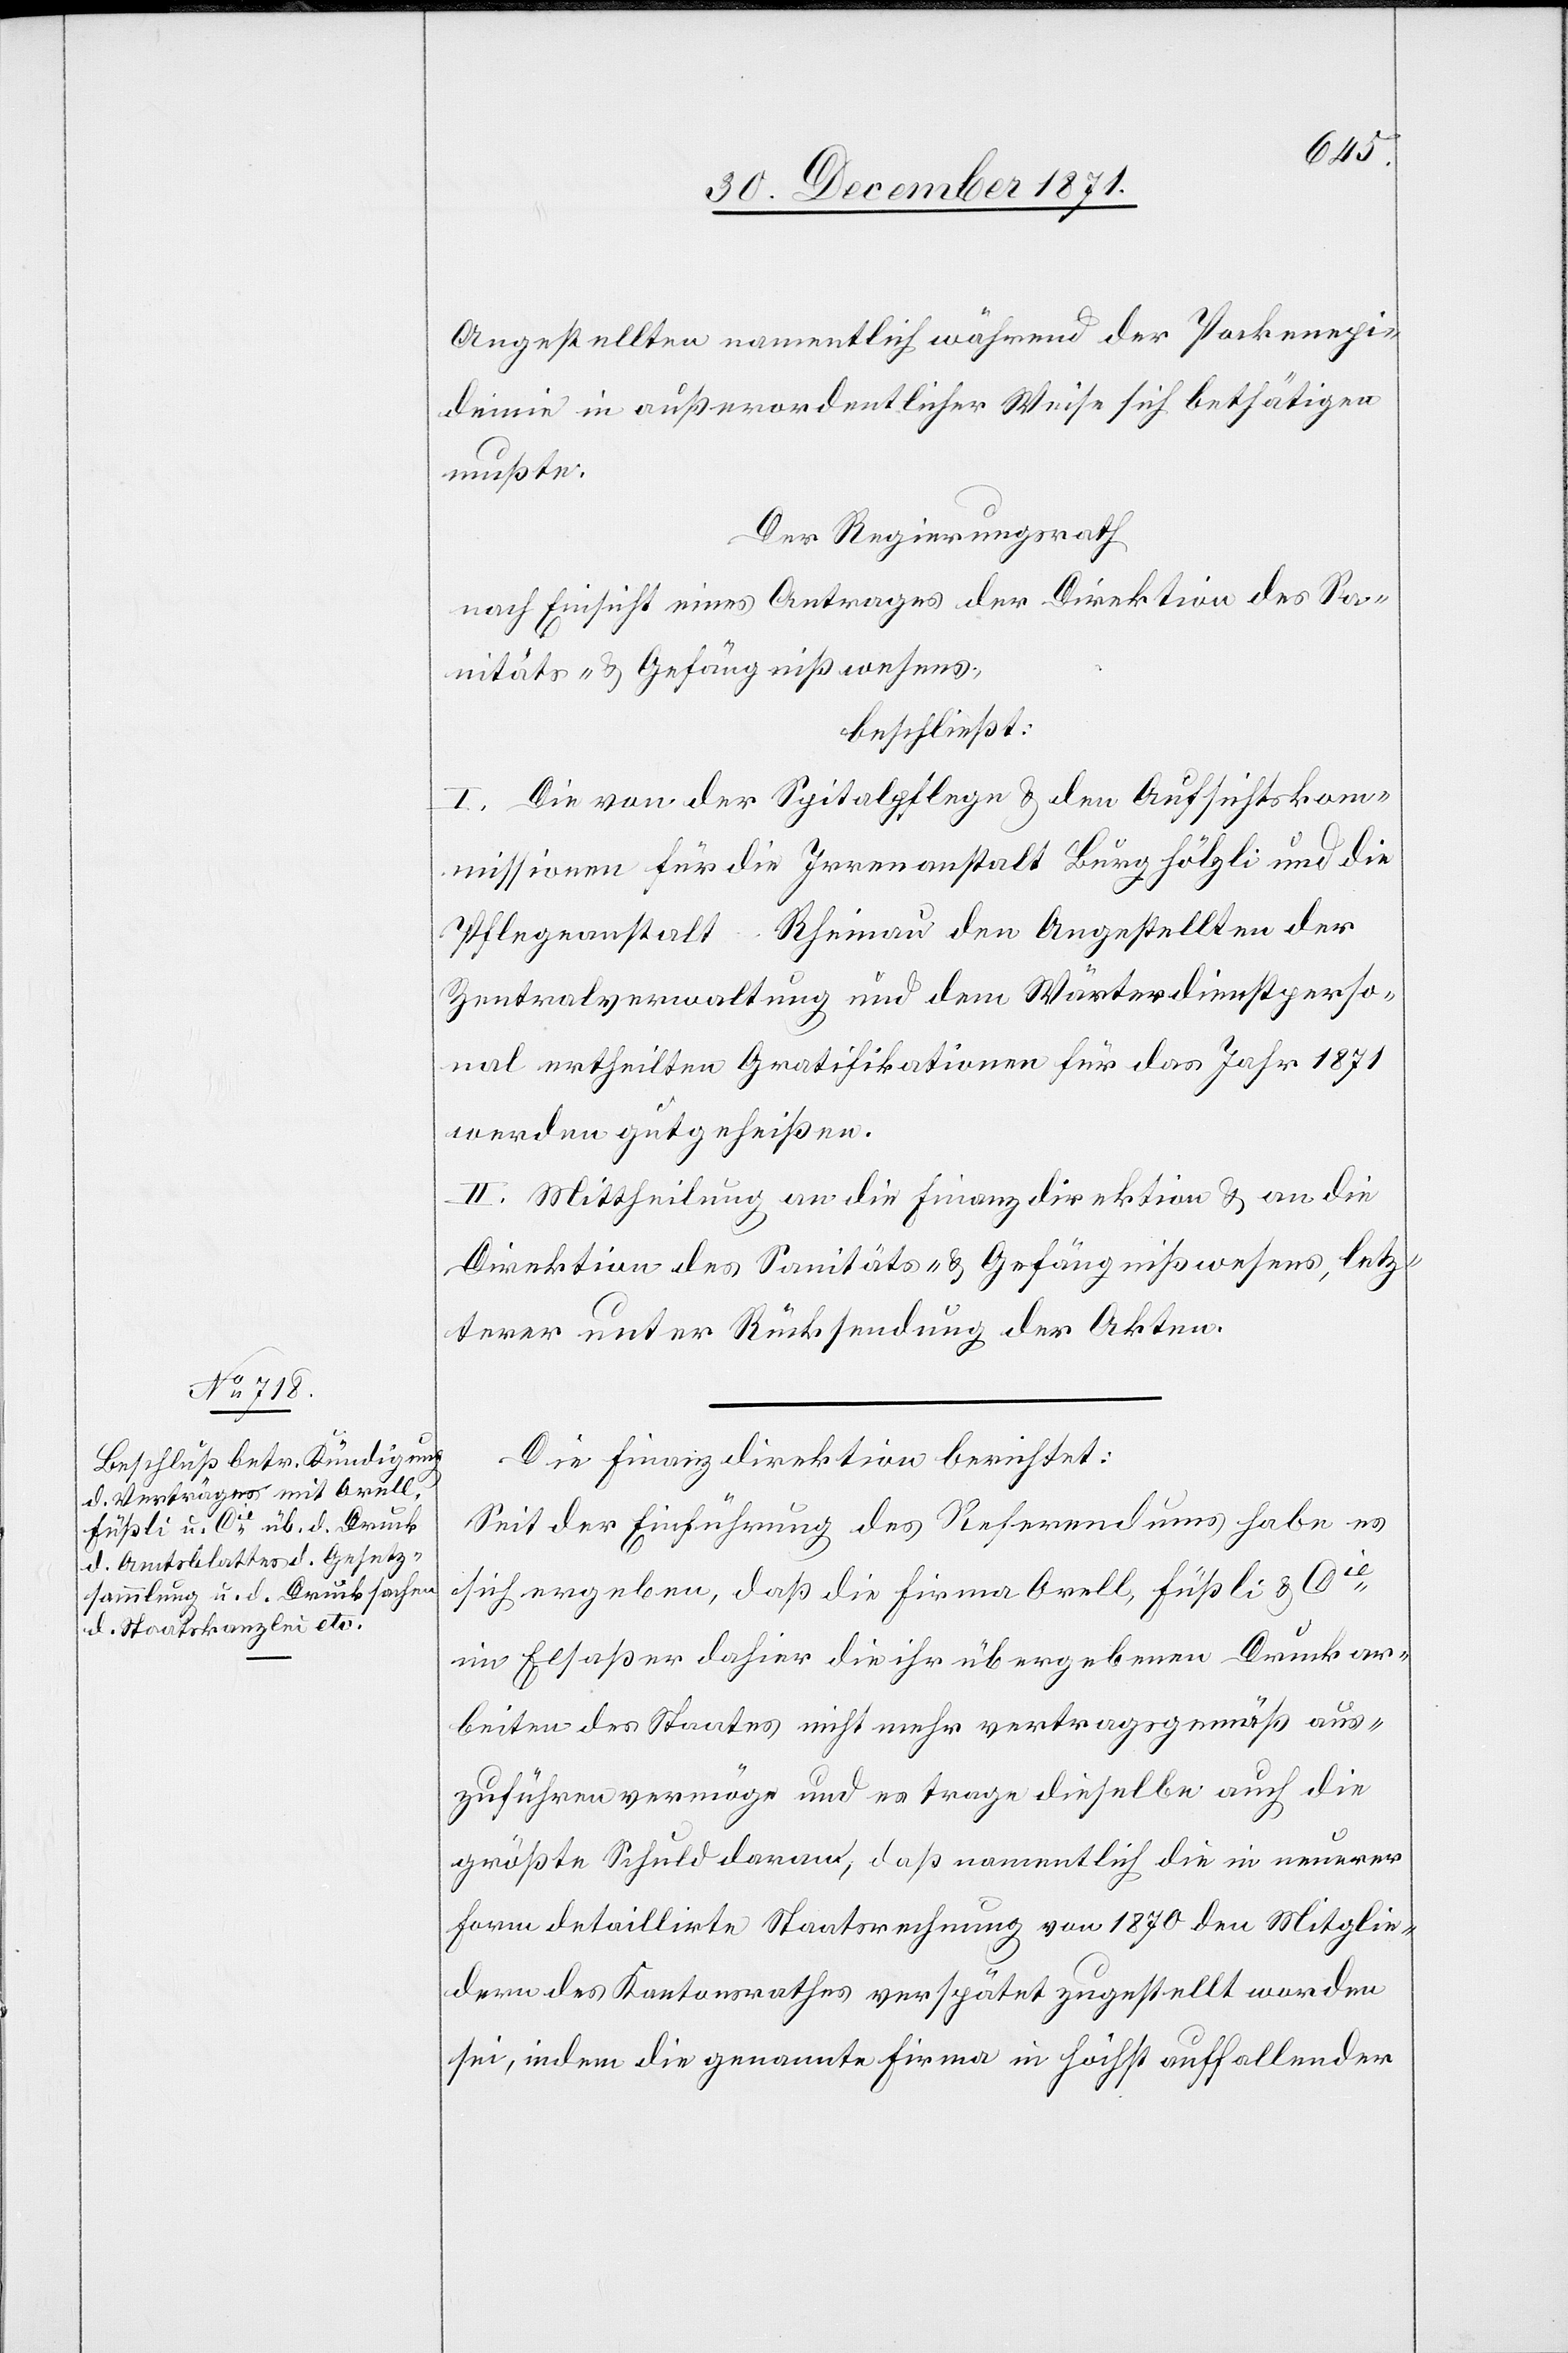
Angestellten namentlich während der Pockenepi¬
demie in außerordentlicher Weise sich bethätigen
mußte.
Der Regierungsrath
nach Einsicht eines Antrages der Direktion des Sa¬
nitäts- & Gefängnißwesens,
beschließt:
I. Die von der Spitalpflege & den Aufsichtskom¬
missionen für die Irrenanstalt Burghölzli und die
Pflegeanstalt Rheinau den Angestellten der
Zentralverwaltung und dem Wärterdienstperso¬
nal ertheilten Gratifikationen für das Jahr 1871
werden gutgeheißen.
II. Mittheilung an die Finanzdirektion & an die
Direktion des Sanitäts- & Gefängnißwesens, letz¬
terer unter Rücksendung der Akten.
Die Finanzdirektion berichtet:
Seit der Einführung des Referendums habe es
sich ergeben, daß die Firma Orell, Füßli & Cie.
im Elsaßer dahier die ihr übergebenen Druckar¬
beiten des Staates nicht mehr vertragsgemäß aus¬
zuführen vermöge und es trage dieselbe auch die
größte Schuld daran, daß namentlich die in neuerer
Form detaillierte Staatsrechnung von 1870 den Mitglie¬
dern des Kantonsrathes verspätet zugestellt worden
sei, indem die genannte Firma in höchst auffallender